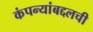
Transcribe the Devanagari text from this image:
कंपन्यांबद्दलची